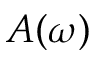
A ( \omega )